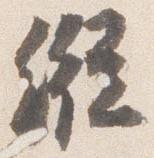
縦